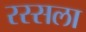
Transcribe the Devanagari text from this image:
रस्सला